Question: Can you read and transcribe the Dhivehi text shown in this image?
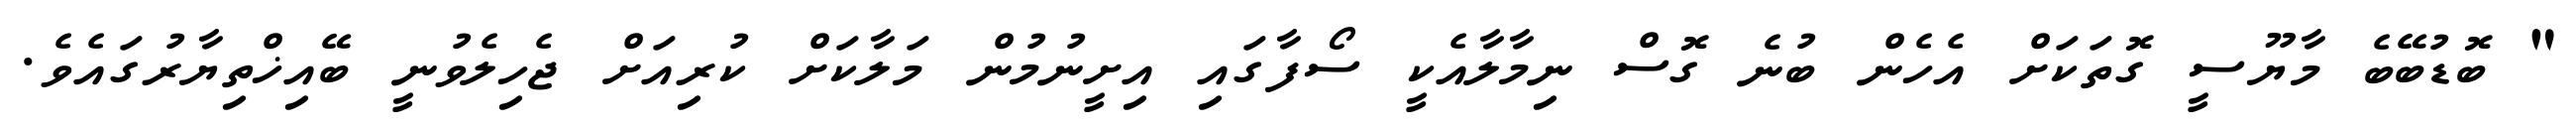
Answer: " ބޮޑުބޭބެ މާޔޫސީ ގޮތަކަށް އެހެން ބުނެ ގޮސް ނިމާލާއެކީ ސޯފާގައި އިށީނުމުން މަލާކަށް ކުރިއަށް ޖެހިލެވުނީ ބޭއިޚްތިޔާރުގައެވެ.